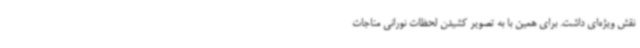
نقش ویژه‌ای داشت. برای همین با به تصویر کشیدن لحظات نورانی مناجات